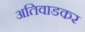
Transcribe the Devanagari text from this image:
अतिवाडकर